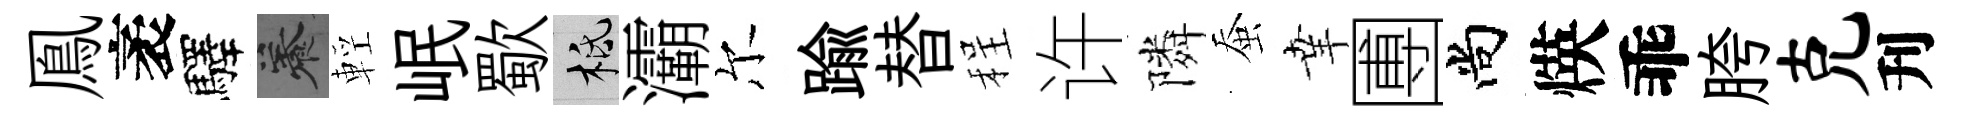
鳯袤驛養輕岷歜柢灞尔踰替程许隣蚕𦍒圑尚煐乖胯克刋